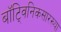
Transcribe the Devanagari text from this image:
बॉट्विनिकसारख्या